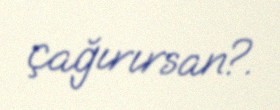
çağırırsan?.